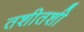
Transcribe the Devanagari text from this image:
तशीतशी